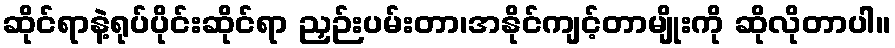
ဆိုင်ရာနဲ့ရုပ်ပိုင်းဆိုင်ရာ ညှဉ်းပမ်းတာ၊အနိုင်ကျင့်တာမျိုးကို ဆိုလိုတာပါ။